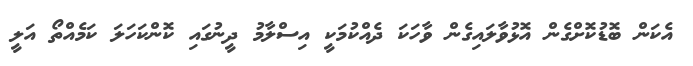
އެކަން ބޮޑުކޮށްގެން އޮޅުވާލައިގެން ވާހަކަ ދެއްކުމަކީ އިސްލާމު ދީނުގައި ކޮންކަހަލަ ކަމެއްތޯ އަލީ